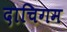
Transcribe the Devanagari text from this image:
दाचिगम